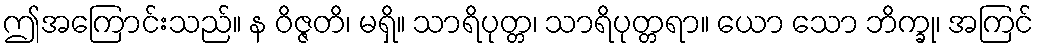
ဤအကြောင်းသည်။ န ဝိဇ္ဇတိ၊ မရှိ။ သာရိပုတ္တ၊ သာရိပုတ္တရာ။ ယော သော ဘိက္ခု၊ အကြင်